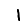
Digit: 1